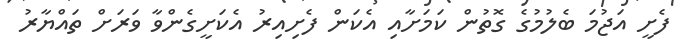
ފެށީ އަޖުމަ ބެލުމުގެ ގޮތުން ކަމަށާއި އެކަން ފެށިއިރު އެކަށީގެންވާ ވަަރަށް ތައްޔާރު